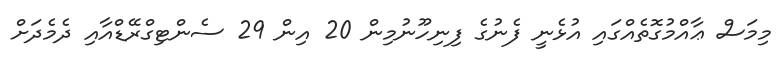
މިމަސް ޢާއްމުގޮތެއްގައި އުޅެނީ ފެނުގެ ފިނިހޫނުމިން 20 އިން 29 ސެންޓިގްރޭޑްއާއި ދެމެދަށް